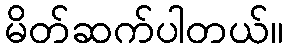
မိတ်ဆက်ပါတယ်။